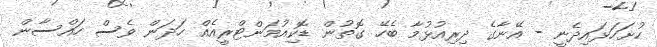
ހުށަހަޅައިދެނީ - އޭނާގެ ދިރިއުޅުމާ ބެހޭ ގޮތުން ޑޮކިއުމަންޓްރީއެއް ހަދަން ވެސް ހައްސާން